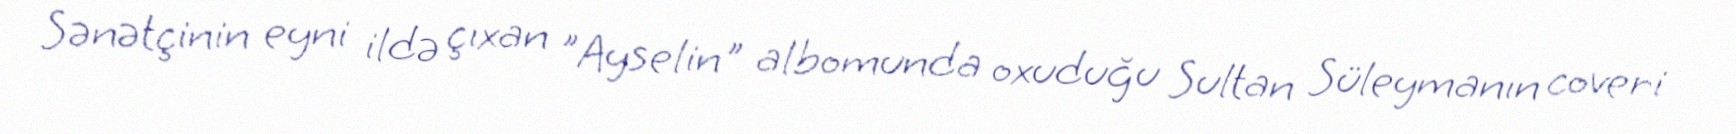
Sənətçinin eyni ildə çıxan "Ayselin" albomunda oxuduğu Sultan Süleymanın coveri